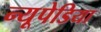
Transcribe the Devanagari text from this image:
न्यूपेडिया